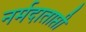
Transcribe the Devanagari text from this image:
नर्मदाताप्ती